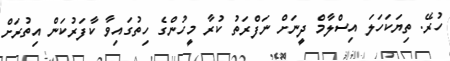
ހުރޭ. ތިޔަކަހަލަ އިސްލާމް ދީނަށް ނަފްރަތު ކުރާ މީހުންގެ ހިތުގައިވާ ކާފަރުކަން އިތުރަށް